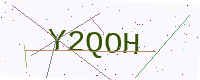
Text: Y2QOH